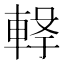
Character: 𲄸